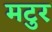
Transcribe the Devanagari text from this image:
मटुर